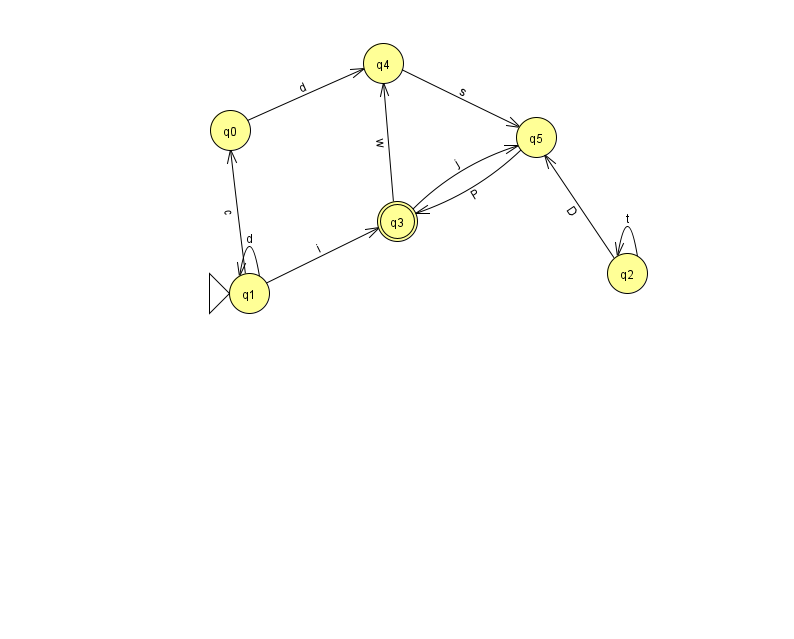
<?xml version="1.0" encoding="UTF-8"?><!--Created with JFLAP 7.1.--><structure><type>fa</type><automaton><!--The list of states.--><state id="0" name="q0"><x>230.0</x><y>117.0</y></state><state id="1" name="q1"><x>249.0</x><y>280.0</y><initial/></state><state id="2" name="q2"><x>627.0</x><y>260.0</y></state><state id="3" name="q3"><x>397.0</x><y>208.0</y><final/></state><state id="4" name="q4"><x>383.0</x><y>50.0</y></state><state id="5" name="q5"><x>536.0</x><y>124.0</y></state><!--The list of transitions.--><transition><from>4</from><to>5</to><read>s</read></transition><transition><from>3</from><to>5</to><read>j</read></transition><transition><from>0</from><to>4</to><read>d</read></transition><transition><from>1</from><to>1</to><read>d</read></transition><transition><from>2</from><to>2</to><read>t</read></transition><transition><from>5</from><to>3</to><read>P</read></transition><transition><from>2</from><to>5</to><read>D</read></transition><transition><from>3</from><to>4</to><read>w</read></transition><transition><from>1</from><to>0</to><read>c</read></transition><transition><from>1</from><to>3</to><read>i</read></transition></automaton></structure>